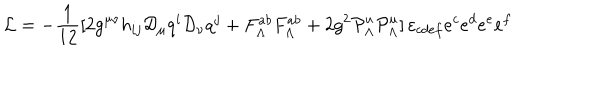
{ \cal L } = - { \frac { 1 } { 1 2 } } [ 2 g ^ { \mu \nu } h _ { i j } { \cal D } _ { \mu } q ^ { i } { \cal D } _ { \nu } q ^ { j } + F _ { \Lambda } ^ { a b } F _ { \Lambda } ^ { a b } + 2 g ^ { 2 } { \cal P } _ { \Lambda } ^ { u } { \cal P } _ { \Lambda } ^ { u } ] \, \varepsilon _ { c d e f } e ^ { c } e ^ { d } e ^ { e } e ^ { f }